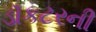
ડૉકટરની